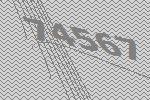
74567